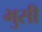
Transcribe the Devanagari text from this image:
भुसी